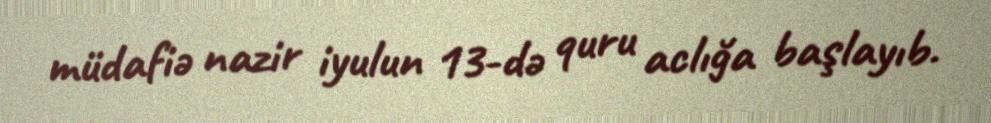
müdafiə nazir iyulun 13-də quru aclığa başlayıb.